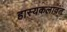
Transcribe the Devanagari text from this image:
हास्यकलावंत